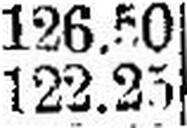
122.25